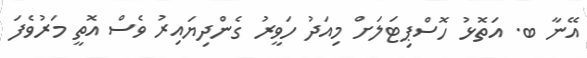
އޭނާ ބ. އަތޮޅު ހޮސްޕިޓަލަށް މިއަދު ހަވީރު ގެންދިޔައިރު ވެސް އޮތީ މަރުވެފަ